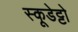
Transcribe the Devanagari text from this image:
स्कूडेट्टो